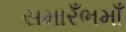
સમારઁભમાઁ